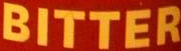
BITTER